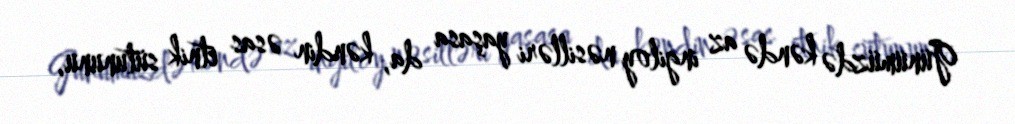
Günümüzdə kəndə az ingiloy nəsilləri yaşasa da, kəndin əsas etnik sütununu,